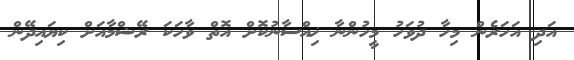
އަދި އަހަރެން މިހާ ދުވަހު މީހުންނާ ޚިއްސާނުކޮށް އޮތް ވާހަކަ ރޭޝްމާއަށް ކިޔައިދޭން